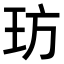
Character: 𤤁